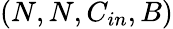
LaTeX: (N,N,C_{in},B)